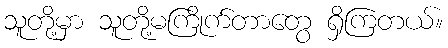
သူတို့မှာ သူတို့မကြိုက်တာတွေ ရှိကြတယ်။